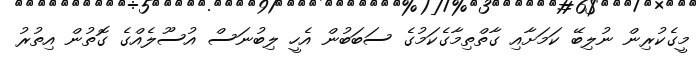
މީގެކުރިން ނުލިބޭ ކަމަށާއި ގާތްތިމާގެކަމުގެ ސަބަބުން އެހީ ލިބުނަސް އުސޫލެއްގެ ގޮތުން އިތުރު